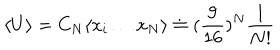
\langle U \rangle = C _ { N } \langle x _ { i } \dots x _ { N } \rangle \doteq ( \frac { 9 } { 1 6 } ) ^ { N } \frac { 1 } { N ! }